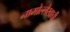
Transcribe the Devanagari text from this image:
नामोल्लेखाची